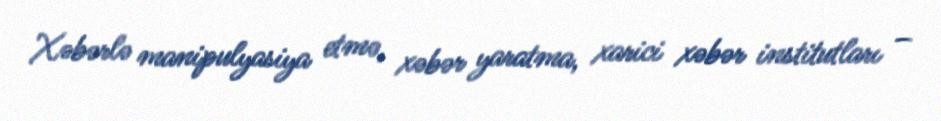
Xəbərlə manipulyasiya etmə, xəbər yaratma, xarici xəbər institutları –